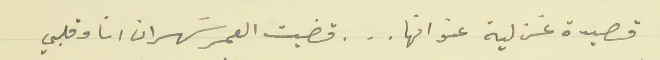
قصيدة غز لية عنوانها . . . قضيت العمر سَهران انا وقلبي